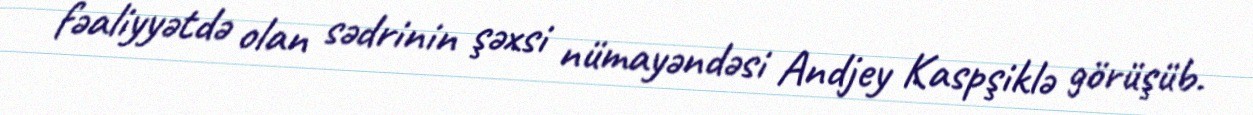
fəaliyyətdə olan sədrinin şəxsi nümayəndəsi Andjey Kaspşiklə görüşüb.